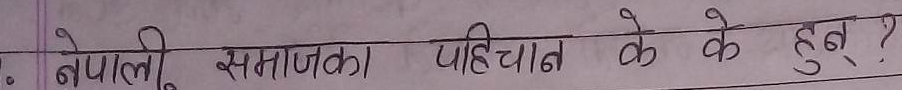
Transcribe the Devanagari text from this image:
नेपाली समाजका पहिचान के के हुन् ?